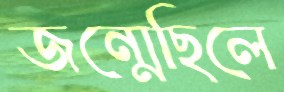
জন্মেছিলে